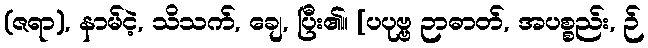
(ဇရာ), နာမ်ငဲ့, သိသက်, ချေ, ပြီး၏။ [ပပုဗ္ဗ ဉာဓာတ်, အပစ္စည်း, ဉ်